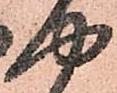
や